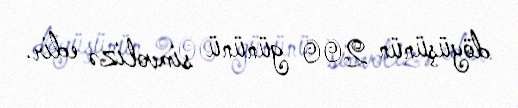
döyüşünün 200 gününü simvolizə edir.